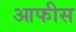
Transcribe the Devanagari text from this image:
आफीस